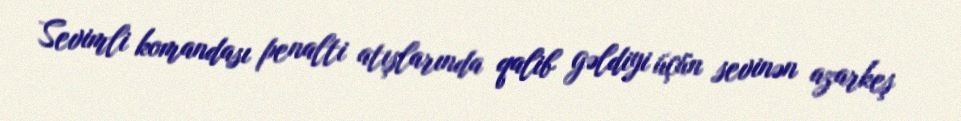
Sevimli komandası penalti atışlarında qalib gəldiyi üçün sevinən azarkeş